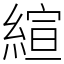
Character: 縇